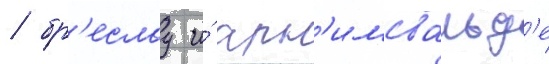
/ бр'еслау и́ арн'имсвальд'е